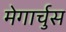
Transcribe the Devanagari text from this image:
मेगार्चुस